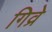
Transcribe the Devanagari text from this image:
गिव्रे